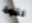
لقوة